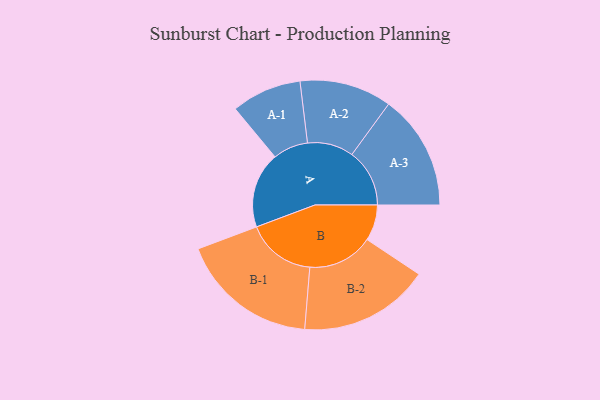
{"axis": {"x": "Segment", "y": "Value"}, "legend": ["", "A", "B"], "data": [{"x": "A", "y": 255, "type": ""}, {"x": "B", "y": 121, "type": ""}, {"x": "A-1", "y": 118, "type": "A"}, {"x": "A-2", "y": 155, "type": "A"}, {"x": "A-3", "y": 194, "type": "A"}, {"x": "B-1", "y": 233, "type": "B"}, {"x": "B-2", "y": 220, "type": "B"}]}